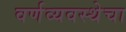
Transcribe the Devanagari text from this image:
वर्णव्यवस्थेचा